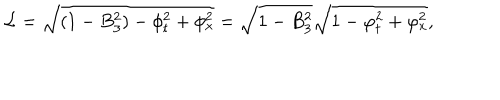
{ \cal L } = \sqrt { ( 1 - B _ { 3 } ^ { 2 } ) - \phi _ { t } ^ { 2 } + \phi _ { x } ^ { 2 } } = \sqrt { 1 - B _ { 3 } ^ { 2 } } \sqrt { 1 - \varphi _ { t } ^ { 2 } + \varphi _ { x } ^ { 2 } } ,